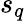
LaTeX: s_{q}